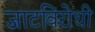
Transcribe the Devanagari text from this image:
जाटविरोधी